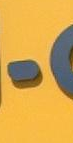
-